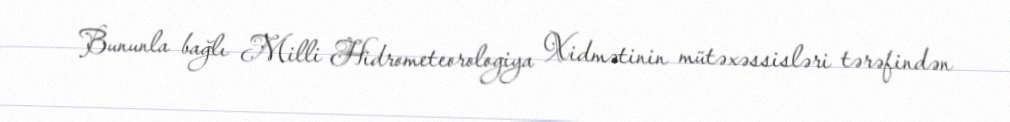
Bununla bağlı Milli Hidrometeorologiya Xidmətinin mütəxəssisləri tərəfindən